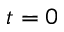
t = 0